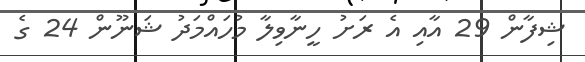
ޝިފާން 29 އާއި އެ ރަށު ހީނާވިލާ މުހައްމަދު ޝަނޫން 24 ގެ